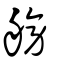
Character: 艕